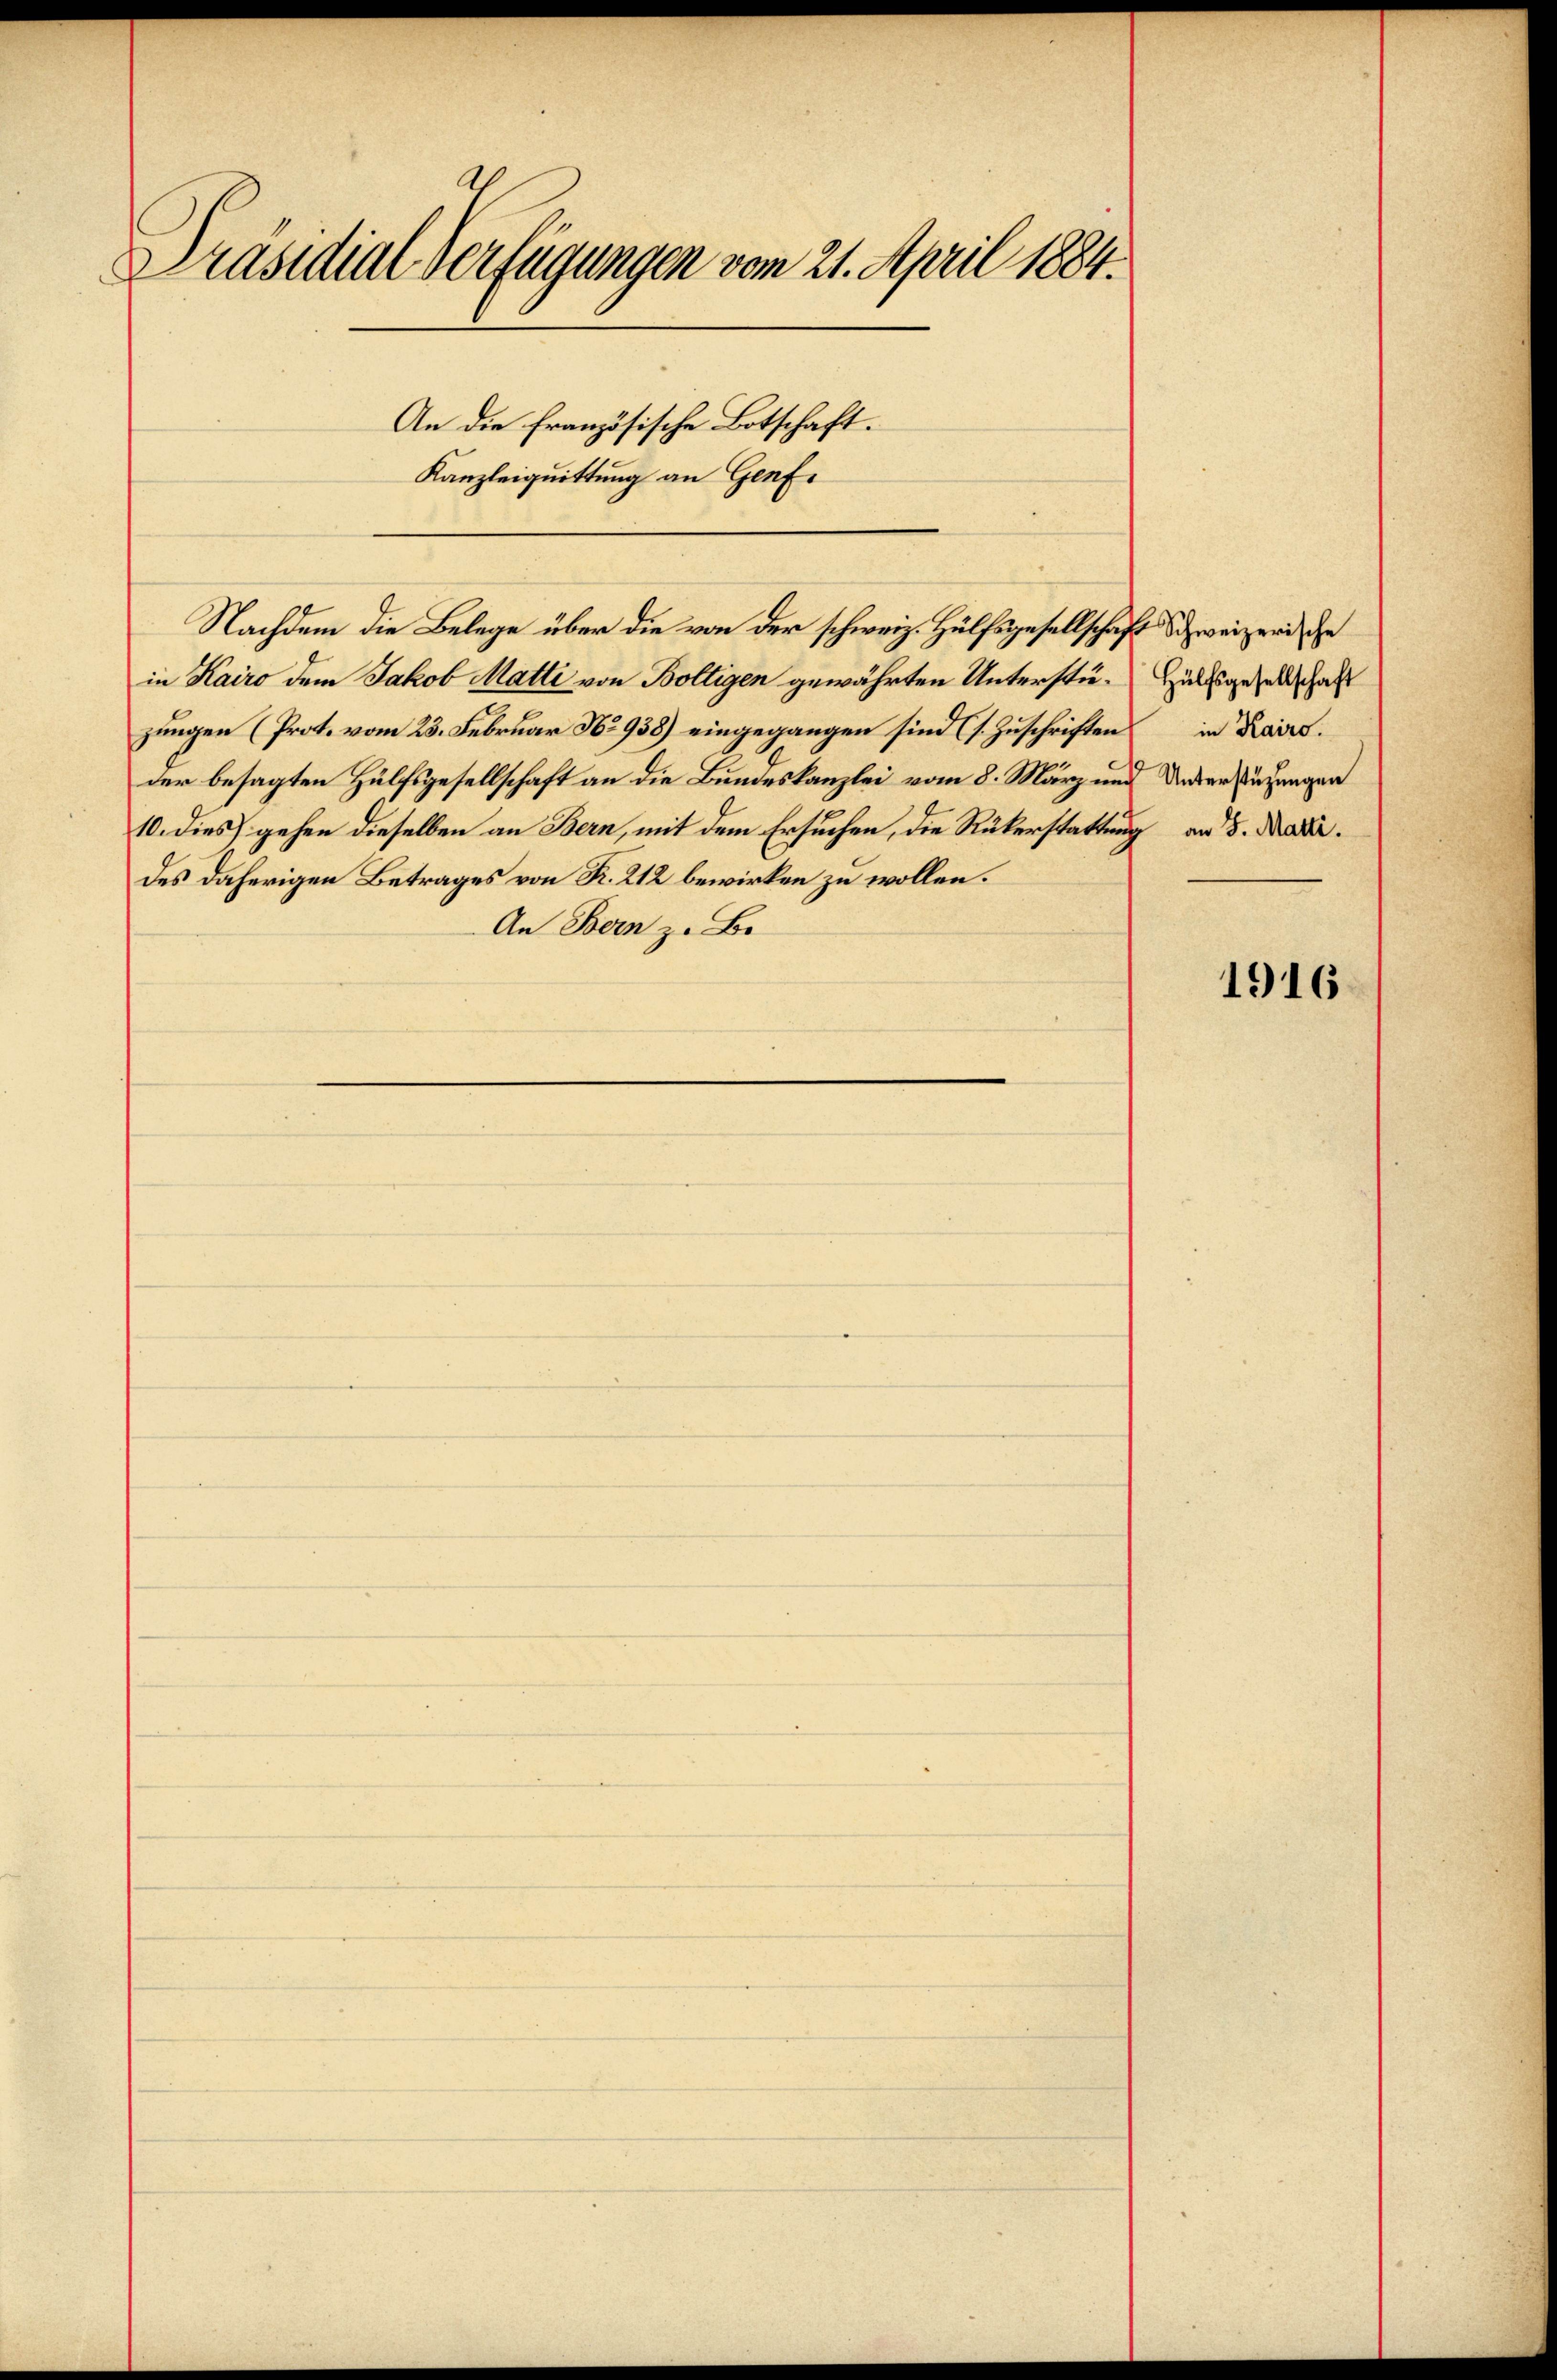
Präsidial-Verfügungen vom 21. April 1884.

An die französische Botschaft.
Kanzleiquittung an Genfi

in Kairo dem Jakob Matti von Boltigen gewährten Unterstü- Hülfsgesellschaft
jungen (Prot. vom 23. Februar No 938) eingegangen sind (s. Zuschriften
der besagten Hülfsgesellschaft an die Bundeskanzlei vom 8. März und Unterstützungen
10. dies gehen dieselben an Bern, mit dem Ersuchen, die Rükerstattung am 5. Mad.
des daherigen Betrages von K. 212 bewirken zu wollen.
An Bern zu Be¬

Nachdem die Belege über die von der schweiz. Hülfsgesellschaft die weizer, de

in Kairo.

1916.